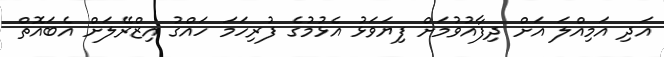
އަދި އަމިއްލަ އަށް ދިފާއުވުމަށް ފިޔަވަޅު އެޅުމުގެ ފުރިހަމަ ހައްގު އިޒްރޭލަށް އެބައޮތް